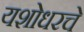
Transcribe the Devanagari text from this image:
यशोधरचे